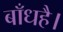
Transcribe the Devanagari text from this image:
बाँधहै।